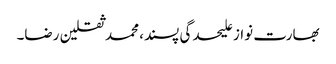
بھارت نواز علیحدگی پسند، محمد ثقلین رضا۔